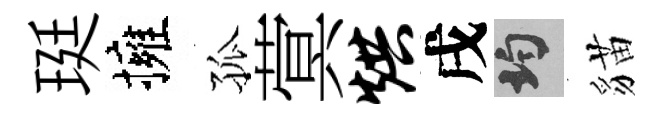
珽擁孤蓂烘戌均貓